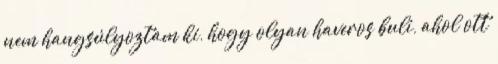
nem hangsúlyoztam ki, hogy olyan haveros buli, ahol ott